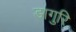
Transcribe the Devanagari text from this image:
डागुरि